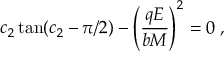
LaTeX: c _ { 2 } \tan ( c _ { 2 } - \pi / 2 ) - \left( \frac { q E } { b M } \right) ^ { 2 } = 0 \; ,